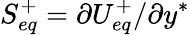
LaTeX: S_{eq}^{+}=\partial U_{eq}^{+}/\partial y^{*}